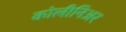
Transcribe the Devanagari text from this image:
कोलीनिअर